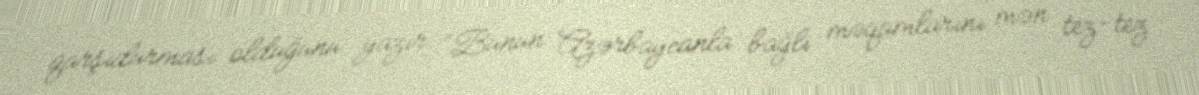
qarşıdurması olduğunu yazır: “Bunun Azərbaycanla bağlı məqamlarını mən tez-tez